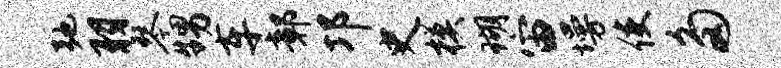
弛羽琴甥车鄣邛史模瑚宙墁使多